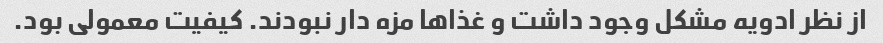
از نظر ادویه مشکل وجود داشت و غذا‌ها مزه دار نبودند. کیفیت معمولی بود.